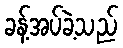
ခန့်အပ်ခဲ့သည်